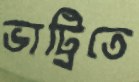
ভাট্রিতে